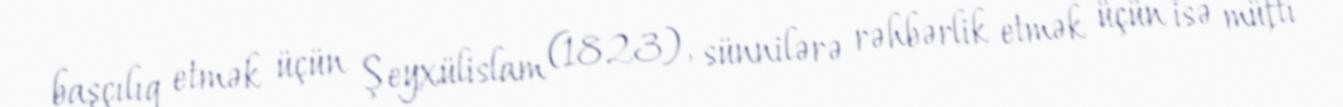
başçılıq etmək üçün Şeyxülislam (1823), sünnilərə rəhbərlik etmək üçün isə müfti